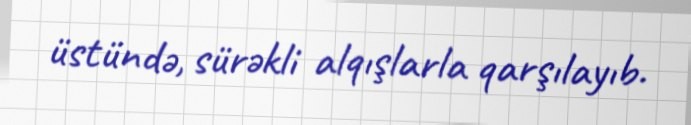
üstündə, sürəkli alqışlarla qarşılayıb.